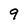
Character: 9